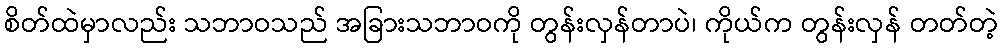
စိတ်ထဲမှာလည်း သဘာဝသည် အခြားသဘာဝကို တွန်းလှန်တာပဲ၊ ကိုယ်က တွန်းလှန် တတ်တဲ့